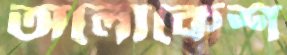
অলোকেশ